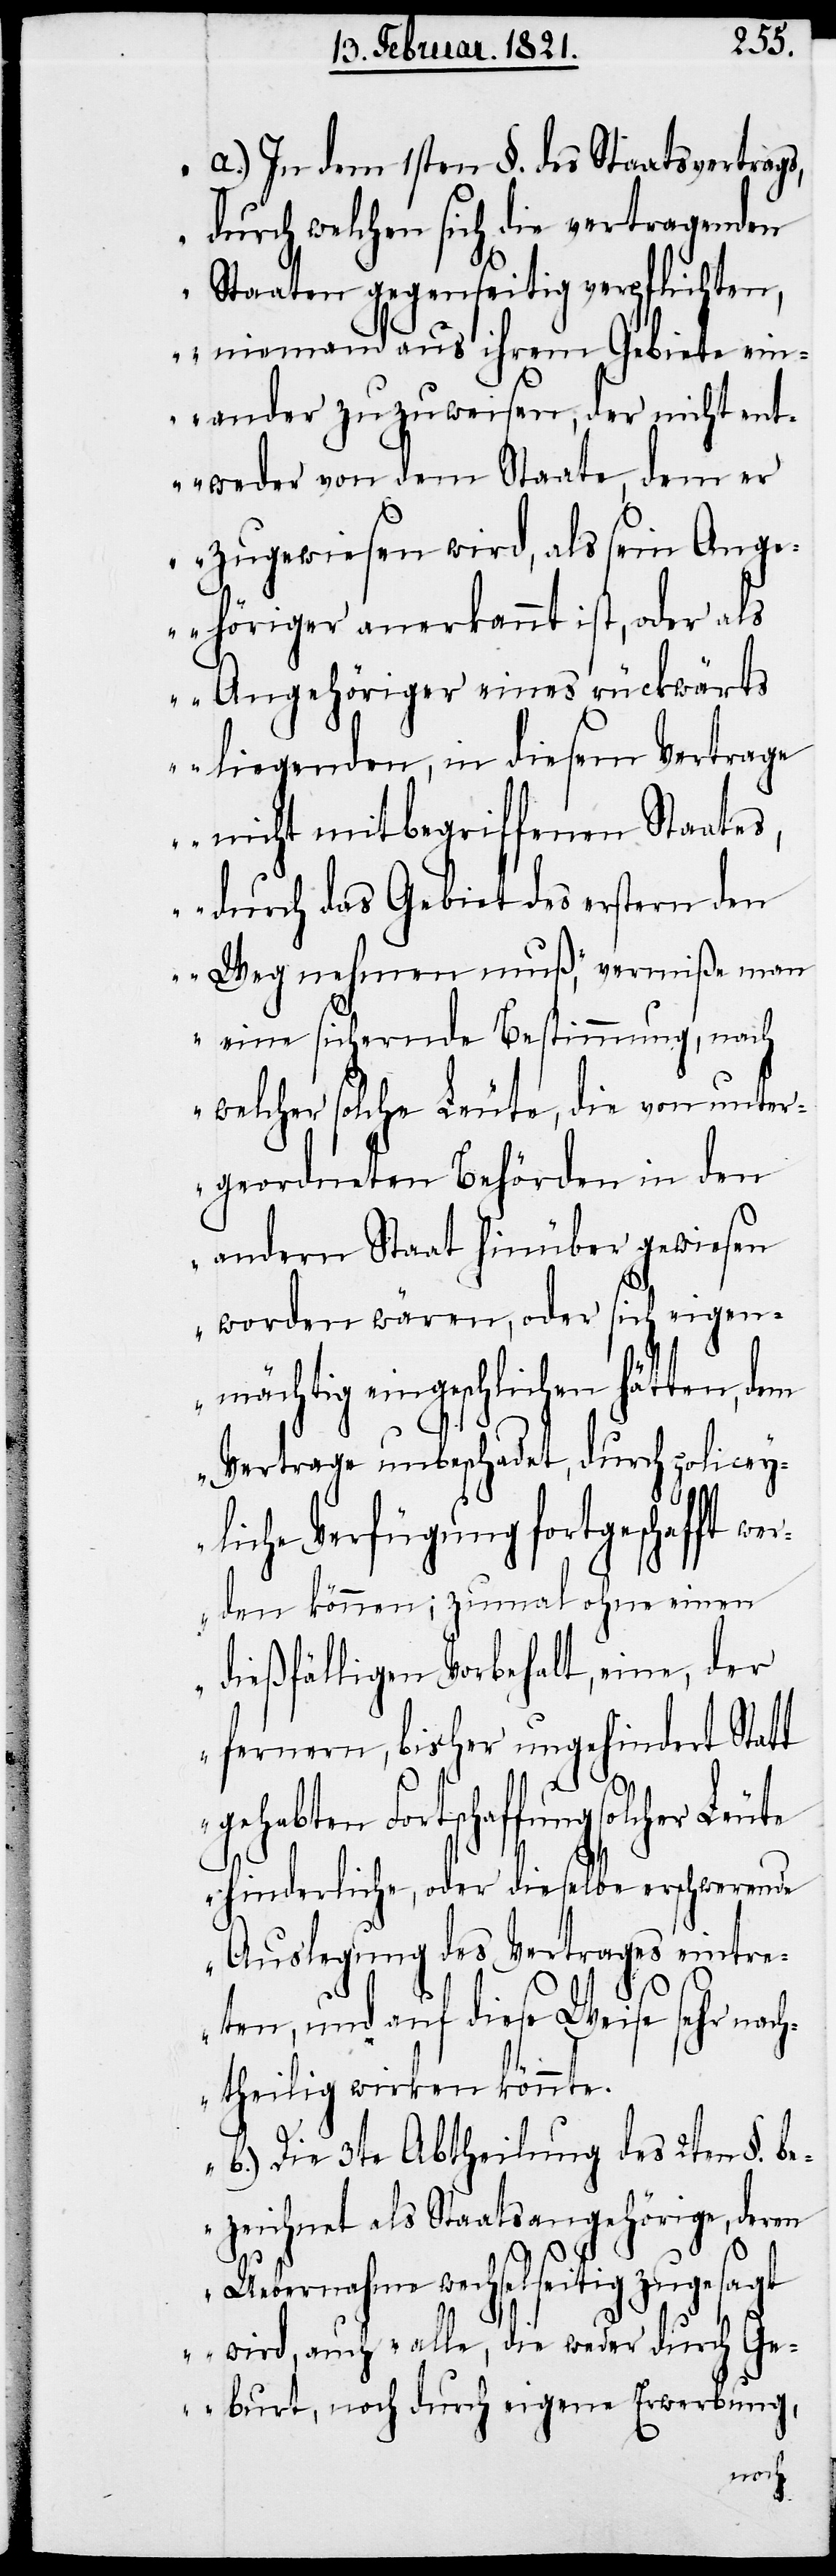
„a.) In dem 1sten §. des Staatsvertrags,
durch welchen sich die vertragenden
Staaten gegenseitig verpflichten,
niemand aus ihrem Gebiete ein¬
ander zuzuweisen, der nicht ent¬
weder von dem Staate, dem er
zugewiesen wird, als sein Ang¬
ehöriger anerkannt ist, oder als
Angehöriger eines rückwärts
liegenden, in diesem Vertrage
nicht mitbegriffenen Staates,
durch das Gebiet des ersten den
Weg nehmen muß, vermisse man
eine sichernde Bestimmung, nach
welcher solche Leute, die von unter¬
geordneten Behörden in den
andern Staat hinüber gewiesen
worden wären, oder sich eigen¬
mächtig eingeschlichen hätten,
Vertrage unbeschadet, durch policey¬
liche Verfügung fortgeschafft w¬
erden können; zumal ohne einen
dießfälligen Vorbehalt, eine, der
fernern, bisher ungehindert Statt
gehabten Fortschaffung solcher Leute
hinderliche, oder dieselbe erschwerende
Auslegung des Vertrages eintre¬
ten, und auf diese Weise sehr nach¬
theilig wirken könnte.
b.) Die 3te Abtheilung des 2ten §. be¬
zeichnet als Staatsangehörige, deren
Uebernahme wechselseitig zugesagt
wird, auch ‚alle, die weder durch Ge¬
burt, noch durch eigene Erwerbung,